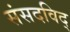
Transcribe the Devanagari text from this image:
संसदविद्‌